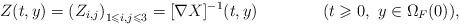
LaTeX: \begin{align*} Z(t,y) = \left( Z_{i,j}\right)_{1\leqslant i, j\leqslant 3}=[\nabla X]^{-1}(t,y) \qquad\qquad(t\geqslant 0,\ y\in \Omega_F(0)),\end{align*}